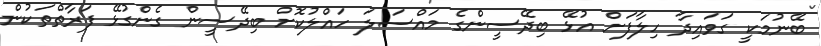
ބޭނުމަކީ ގަވައިދާ ހިލާފަށް އުޅޭ ބިދޭސީންގެ މައްސަލަ ހައްލުކޮށް ބިދޭސީން ގެންގުޅޭ ފަރާތްތަކުން